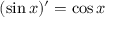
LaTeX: ( \sin x ) ^ { \prime } = \cos x